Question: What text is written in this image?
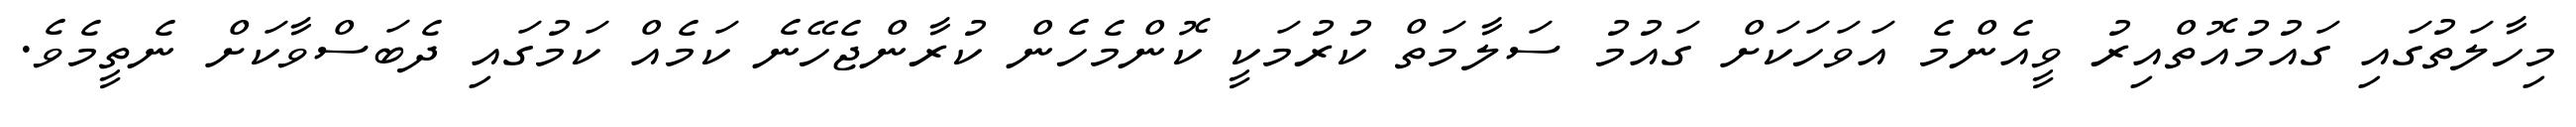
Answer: މިހާލަތުގައި ގައުމުއޮތްއިރު ވީއެންމެ އަވަހަކަށް ގައުމު ސަލާމަތް ކުރުމަކީ ކޮންމެހެން ކުރާންޖެހޭނެ ކަމެއް ކަމުގައި ދެބަސްވާކަށް ނެތީމެވެ.